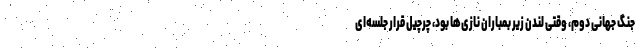
جنگ جهانی دوم، وقتی لندن زیر بمباران نازی‌ها بود، چرچیل قرار جلسه‌ای